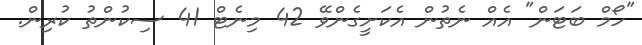
"ހޯމް ބަޓަން" އެއް ނެތުން އެކަށީގެންވޭ 42 މިނެޓް 41 ސިކުންތު ކުރިން.